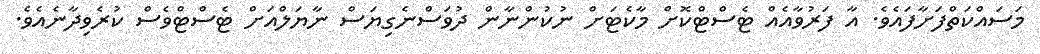
މަސައްކަތްފަށާފައެވެ. އާ ފަރުވާއެއް ޓެސްޓްކޮށް މާކެޓަށް ނުކުންނާން ދުވަސްނެގިޔަސް ނާޔަލްއަށް ޓެސްޓްވެސް ކުރެވިދާނެއެވެ.